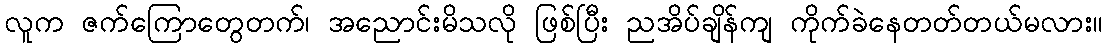
လူက ဇက်ကြောတွေတက်၊ အညောင်းမိသလို ဖြစ်ပြီး ညအိပ်ချိန်ကျ ကိုက်ခဲနေတတ်တယ်မလား။